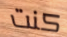
كنت